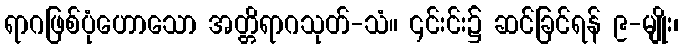
ရာဂဖြစ်ပုံဟောသော အတ္တိရာဂသုတ်-သံ။ ၎င်းင်း၌ ဆင်ခြင်ရန် ၉-မျိုး၊